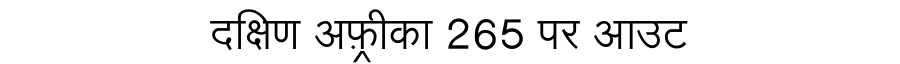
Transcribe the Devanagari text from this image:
दक्षिण अफ़्रीका 265 पर आउट